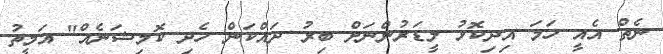
ނެތް އެއީ ހަމަ އިދިކޮޅު ލީޑަރުންނަށް ބިރު ދައްކަން ހެދި ކޮމިޝަނެއް" އަމީތު